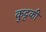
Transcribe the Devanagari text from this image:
कुट्टकी